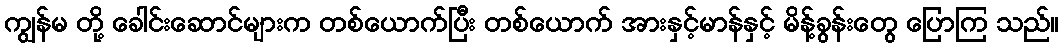
ကျွန်မ တို့ ခေါင်းဆောင်များက တစ်ယောက်ပြီး တစ်ယောက် အားနှင့်မာန်နှင့် မိန့်ခွန်းတွေ ပြောကြ သည်။